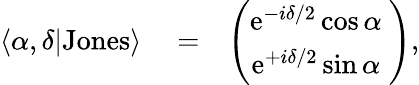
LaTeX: \begin{array}{rlr}{\langle\alpha,\delta|\mathrm{Jones}\rangle}&{{}=}&{\left(\begin{array}{c}{\mathrm{e}^{-i\delta/2}\cos\alpha\ }\\ {\mathrm{e}^{+i\delta/2}\sin\alpha\ }\end{array}\right),}\end{array}